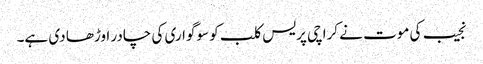
نجیب کی موت نے کراچی پریس کلب کو سوگواری کی چادر اوڑھا دی ہے۔